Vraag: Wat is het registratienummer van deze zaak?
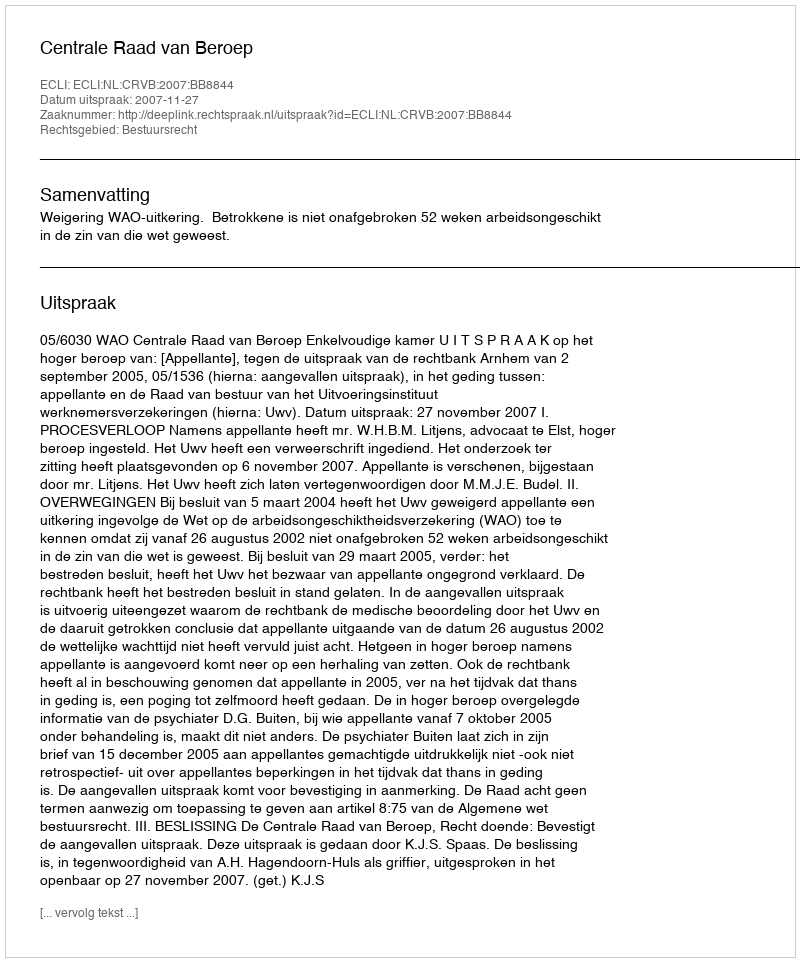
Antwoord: http://deeplink.rechtspraak.nl/uitspraak?id=ECLI:NL:CRVB:2007:BB8844